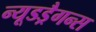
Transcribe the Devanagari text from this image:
न्यूडड्रैगन्स